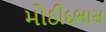
મોઠીદભાસ